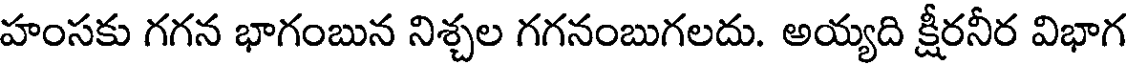
హంసకు గగన భాగంబున నిశ్చల గగనంబుగలదు. అయ్యది క్షీరనీర విభాగ